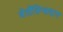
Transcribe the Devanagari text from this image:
वेलेंतिन्सदाग